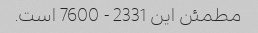
مطمئن این 2331 - 7600 است.